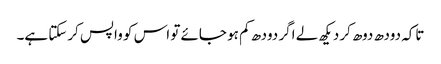
تاکہ دودھ دوھ کر دیکھ لے اگر دودھ کم ہو جائے تو اس کو واپس کرسکتا ہے۔